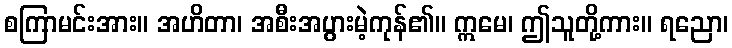
စကြာမင်းအား။ အဟိတာ၊ အစီးအပွားမဲ့ကုန်၏။ ဣမေ၊ ဤသူတို့ကား။ ရညော၊